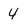
Character: 4